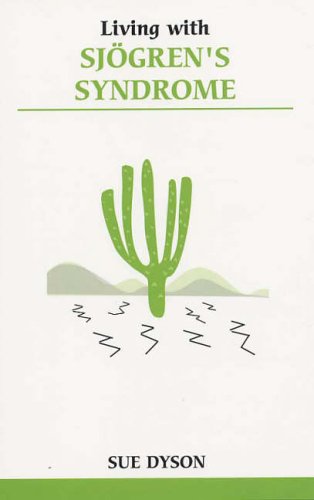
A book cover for Living with Sjogrens Syndrome; Sue Dyson; Health, Fitness & Dieting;